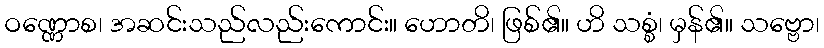
ဝဏ္ဏောစ၊ အဆင်းသည်လည်းကောင်း။ ဟောတိ၊ ဖြစ်၏။ ဟိ သစ္စံ၊ မှန်၏။ သဗ္ဗော၊